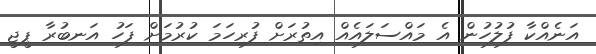
އަނެއްކާ ފުލުހުން އެ މައްސަލައެއް އިތުރަށް ފުރިހަމަ ކުރުމަށް ފަހު އަނބުރާ ޕީޖީ